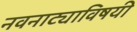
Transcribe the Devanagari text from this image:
नवनाट्याविषयी